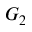
G _ { 2 }